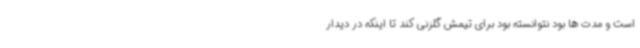
است و مدت ها بود نتوانسته بود برای تیمش گلزنی کند تا اینکه در دیدار